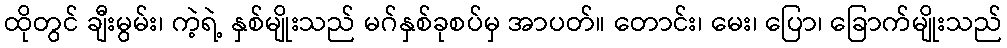
ထိုတွင် ချီးမွမ်း၊ ကဲ့ရဲ့ နှစ်မျိုးသည် မဂ်နှစ်ခုစပ်မှ အာပတ်။ တောင်း၊ မေး၊ ပြော၊ ခြောက်မျိုးသည်